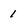
Character: 1